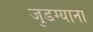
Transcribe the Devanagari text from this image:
जुडग्याना